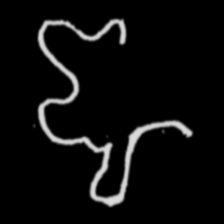
Pyu character \u2014 Myanmar letter: ဈ (romanized: jha)